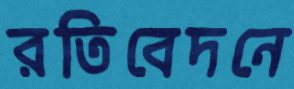
রতিবেদনে